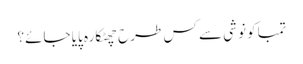
تمباکو نوشی سے کس طرح چھٹکارہ پایا جائے؟